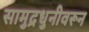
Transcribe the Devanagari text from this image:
सामुद्रधुनीवरून